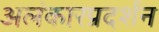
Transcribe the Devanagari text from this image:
अलंकारप्रदर्शन